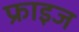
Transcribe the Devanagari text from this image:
फ्राइज